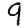
Digit: 9